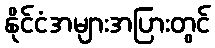
နိုင်ငံအများအပြားတွင်